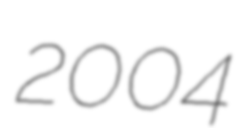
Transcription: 2004